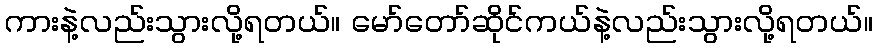
ကားနဲ့လည်းသွားလို့ရတယ်။ မော်တော်ဆိုင်ကယ်နဲ့လည်းသွားလို့ရတယ်။